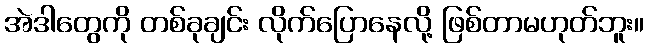
အဲဒါတွေကို တစ်ခုချင်း လိုက်ပြောနေလို့ ဖြစ်တာမဟုတ်ဘူး။